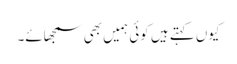
کیوں کہتے ہیں کوئی ہمیں بھی سمجھائے۔